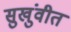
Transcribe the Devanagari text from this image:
सुखुंवीत